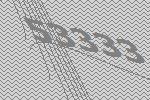
53333